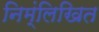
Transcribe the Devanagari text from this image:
निम्ंलिखित